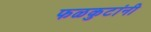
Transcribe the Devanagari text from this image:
फळकुटांनी